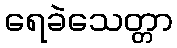
ရေခဲသေတ္တာ